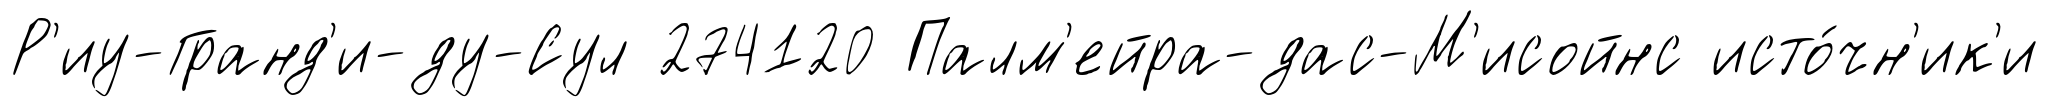
Р'иу-Гранд'и-ду-Сул 274120 Палм'ейра-дас-М'исойнс исто́чн'ик'и